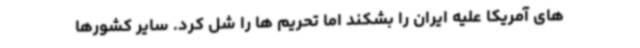
های آمریکا علیه ایران را بشکند اما تحریم ها را شل کرد. سایر کشورها